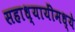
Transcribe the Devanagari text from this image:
सहाध्यायींमध्ये